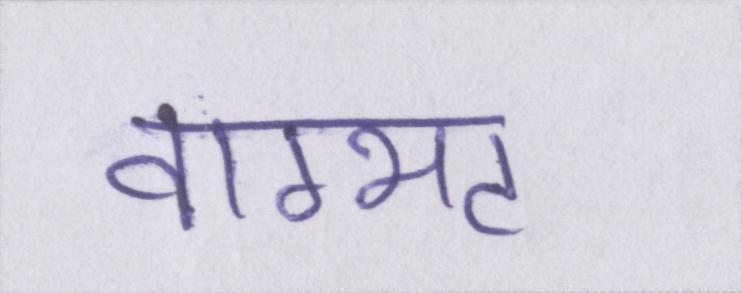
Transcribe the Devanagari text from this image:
वाग्भट